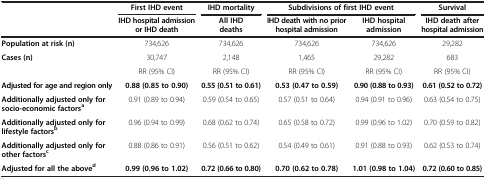
<table><thead><tr><td><b> </b></td><td><b>First IHD event</b></td><td><b>IHD mortality</b></td><td colspan="2"><b>Subdivisions of first IHD event</b></td><td><b>Survival</b></td></tr><tr><td><b> </b></td><td><b>IHD hospital admission or IHD death</b></td><td><b>All IHD deaths</b></td><td><b>IHD death with no prior hospital admission</b></td><td><b>IHD hospital admission</b></td><td><b>IHD death after hospital admission</b></td></tr></thead><tbody><tr><td><b>Population at risk (n)</b></td><td>734,626</td><td>734,626</td><td>734,626</td><td>734,626</td><td>29,282</td></tr><tr><td><b>Cases (n)</b></td><td>30,747</td><td>2,148</td><td>1,465</td><td>29,282</td><td>683</td></tr><tr><td> </td><td>RR (95% CI)</td><td>RR (95% CI)</td><td>RR (95% CI)</td><td>RR (95% CI)</td><td>RR (95% CI)</td></tr><tr><td><b>Adjusted for age and region only</b></td><td><b>0.88 (0.85 to 0.90)</b></td><td><b>0.55 (0.51 to 0.61)</b></td><td><b>0.53 (0.47 to 0.59)</b></td><td><b>0.90 (0.88 to 0.93)</b></td><td><b>0.61 (0.52 to 0.72)</b></td></tr><tr><td><b>Additionally adjusted only for socio-economic factors</b><sup><b>a</b></sup></td><td>0.91 (0.89 to 0.94)</td><td>0.59 (0.54 to 0.65)</td><td>0.57 (0.51 to 0.64)</td><td>0.94 (0.91 to 0.96)</td><td>0.63 (0.54 to 0.75)</td></tr><tr><td><b>Additionally adjusted only for lifestyle factors</b><sup><b>b</b></sup></td><td>0.96 (0.94 to 0.99)</td><td>0.68 (0.62 to 0.74)</td><td>0.65 (0.58 to 0.72)</td><td>0.99 (0.96 to 1.02)</td><td>0.70 (0.59 to 0.82)</td></tr><tr><td><b>Additionally adjusted only for other factors</b><sup><b>c</b></sup></td><td>0.88 (0.86 to 0.91)</td><td>0.56 (0.51 to 0.62)</td><td>0.54 (0.49 to 0.61)</td><td>0.91 (0.88 to 0.93)</td><td>0.62 (0.53 to 0.74)</td></tr><tr><td><b>Adjusted for all the above</b><sup><b>d</b></sup></td><td><b>0.99 (0.96 to 1.02)</b></td><td><b>0.72 (0.66 to 0.80)</b></td><td><b>0.70 (0.62 to 0.78)</b></td><td><b>1.01 (0.98 to 1.04)</b></td><td><b>0.72 (0.60 to 0.85)</b></td></tr></tbody></table>